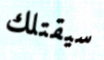
سيقتلك